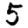
Digit: 5